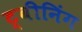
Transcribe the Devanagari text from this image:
ट्वीनिंग